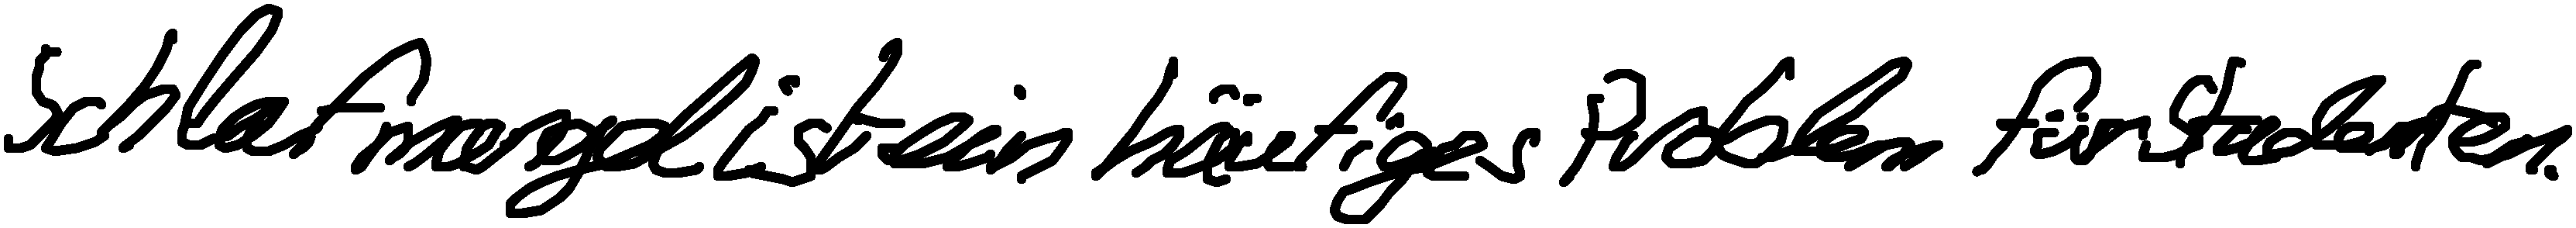
Schlafmangel ist ein häufiges Problem für Studenten.